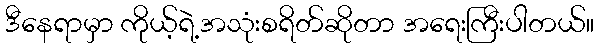
ဒီနေရာမှာ ကိုယ့်ရဲ့အသုံးစရိတ်ဆိုတာ အရေးကြီးပါတယ်။